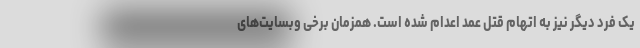
یک فرد دیگر نیز به اتهام قتل عمد اعدام شده است. همزمان برخی وبسایت‌های